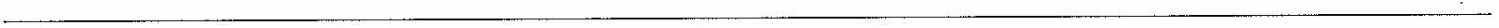
___